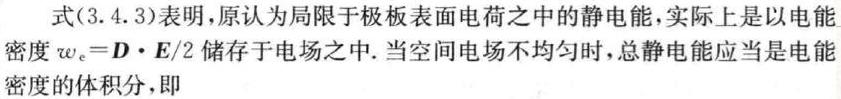
式(3.4.3)表明,原认为局限于极板表面电荷之中的静电能,实际上是以电能密度$w_{e}=\boldsymbol{D}\cdot\boldsymbol{E}/2$储存于电场之中.当空间电场不均匀时,总静电能应当是电能密度的体积分,即